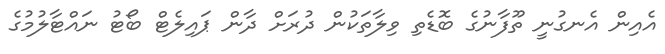
އެއިން އެނގުނީ ތޫފާނުގެ ބޮޑެތި ވިލާތަކުން ދުރަށް ދާން ޕައިލެޓް ބޯޓު ނައްޓާލުމުގެ